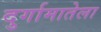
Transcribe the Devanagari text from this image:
दुर्गामातेला